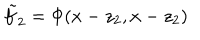
LaTeX: \tilde { f } _ { 2 } = \Phi ( x - z _ { 2 } , x - z _ { 2 } )